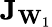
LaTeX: \mathbf{J}_{\mathbf{W}_{1}}